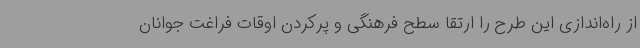
از راه‌اندازی این طرح را ارتقا سطح فرهنگی و پرکردن اوقات فراغت جوانان